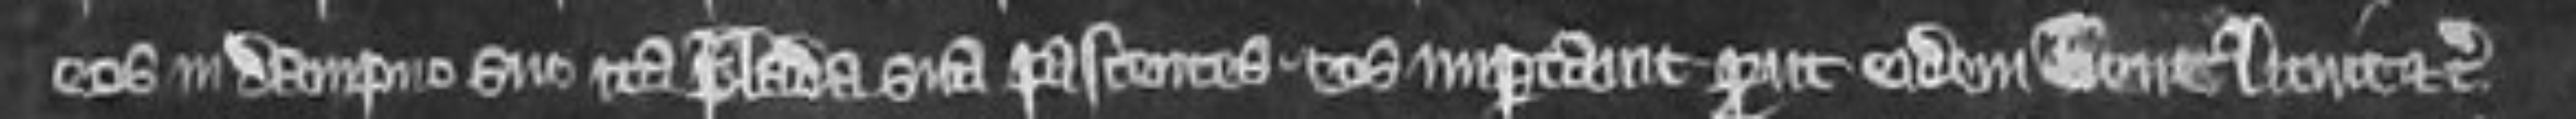
eos in dampno suo ita blada sua pascentes eos imparcavit prout eidem bene licuit etc.